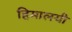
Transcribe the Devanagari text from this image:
हिमालयी